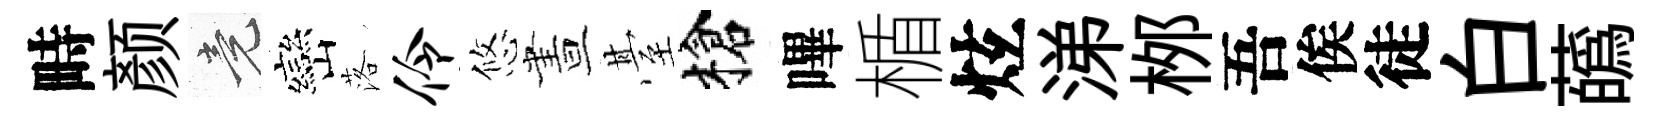
畤颜竟巒落伶悠晝䑓槍嗶楯炫涕桞吾俟徒白蘤